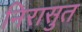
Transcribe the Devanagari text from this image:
निरासुत